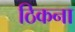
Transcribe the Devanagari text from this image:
ठिकना